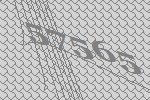
57565